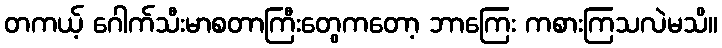
တကယ့် ဂေါက်သီးမာစတာကြီးတွေကတော့ ဘာကြေး ကစားကြသလဲမသိ။